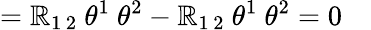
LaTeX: =\mathbb{R}_{1\, 2}\ \theta^{1}\ \theta^{2}-\mathbb{R}_{1\, 2}\ \theta^{1}\ \theta^{2}=0\quad